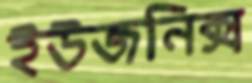
ইউজনিক্স